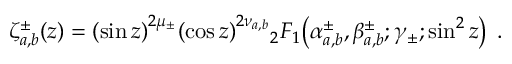
\zeta _ { a , b } ^ { \pm } ( z ) = { \left( \sin z \right) } ^ { 2 \mu _ { \pm } } { \left( \cos z \right) } ^ { 2 \nu _ { a , b } } { } _ { 2 } F _ { 1 } \! \left( \alpha _ { a , b } ^ { \pm } , \beta _ { a , b } ^ { \pm } ; \gamma _ { \pm } ; \sin ^ { 2 } z \right) \; .